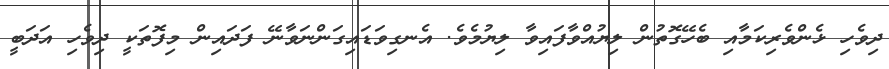
ދިވެހި ޅެންވެރިކަމާއި ބެހޭގޮތުން ލިޔުއްވާފައިވާ ލިޔުމެވެ. އެނގިވަޑައިގަންނަވާނޭ ފަދައިން މިފޮތަކީ ދިވެހި އަދަބީ